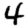
Digit: 4